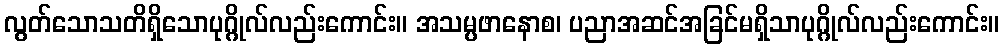
လွတ်သောသတိရှိသောပုဂ္ဂိုလ်လည်းကောင်း။ အသမ္ပဖာနောစ၊ ပညာအဆင်အခြင်မရှိသာပုဂ္ဂိုလ်လည်းကောင်း။